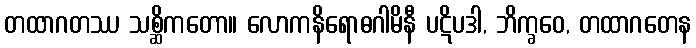
တထာဂတဿ သစ္ဆိကတော။ လောကနိရောဓဂါမိနီ ပဋိပဒါ, ဘိက္ခဝေ, တထာဂတေန